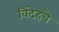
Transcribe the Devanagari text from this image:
विदेहचे